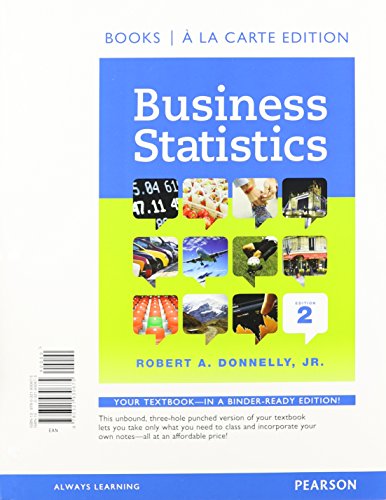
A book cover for Business Statistics Student Value Edition Plus NEW MyStatLab with Pearson eText -- Access Card Package (2nd Edition); Robert A. Donnelly; Business & Money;